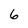
Character: 6